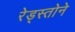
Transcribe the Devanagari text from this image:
रेड्स्तोने